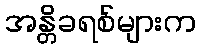
အန္တိခရစ်များက